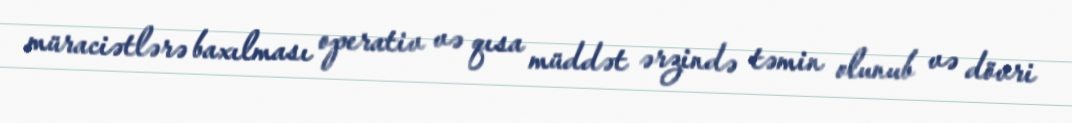
müraciətlərə baxılması operativ və qısa müddət ərzində təmin olunub və dövri